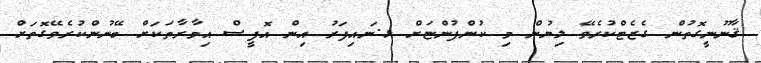
ޤާނޫނީގޮތުން ގެޒެޓްކުރެވޭ ލިޔުން މި ކުންފުންޏަށް ޅ.ނައިފަރު އިން އޮފީސް އިމާރާތަކަށް ބޭނުންކުރެވޭގޮތަށް